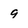
Character: 9